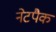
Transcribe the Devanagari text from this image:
नेटपैक